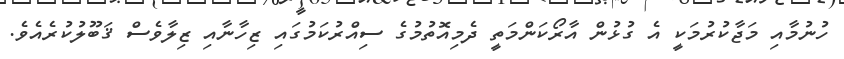
ހުނުމާއި މަޖާކުރުމަކީ އެ ގުޅުން އާރޯކަންމަތީ ދެމިއޮތުމުގެ ސިއްރުކަމުގައި ޒިހާނާއި ޒިލާވެސް ޤަބޫލުކުރެއެވެ.